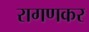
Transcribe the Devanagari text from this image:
रागणकर